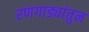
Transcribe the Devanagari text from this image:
रणगाड्यांतुन